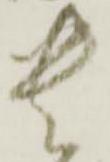
貴